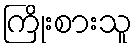
ကြိုးစားသူ